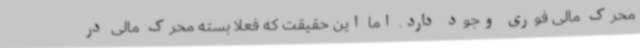
محرک مالی فوری وجود دارد. اما این حقیقت که فعلا بسته محرک مالی در